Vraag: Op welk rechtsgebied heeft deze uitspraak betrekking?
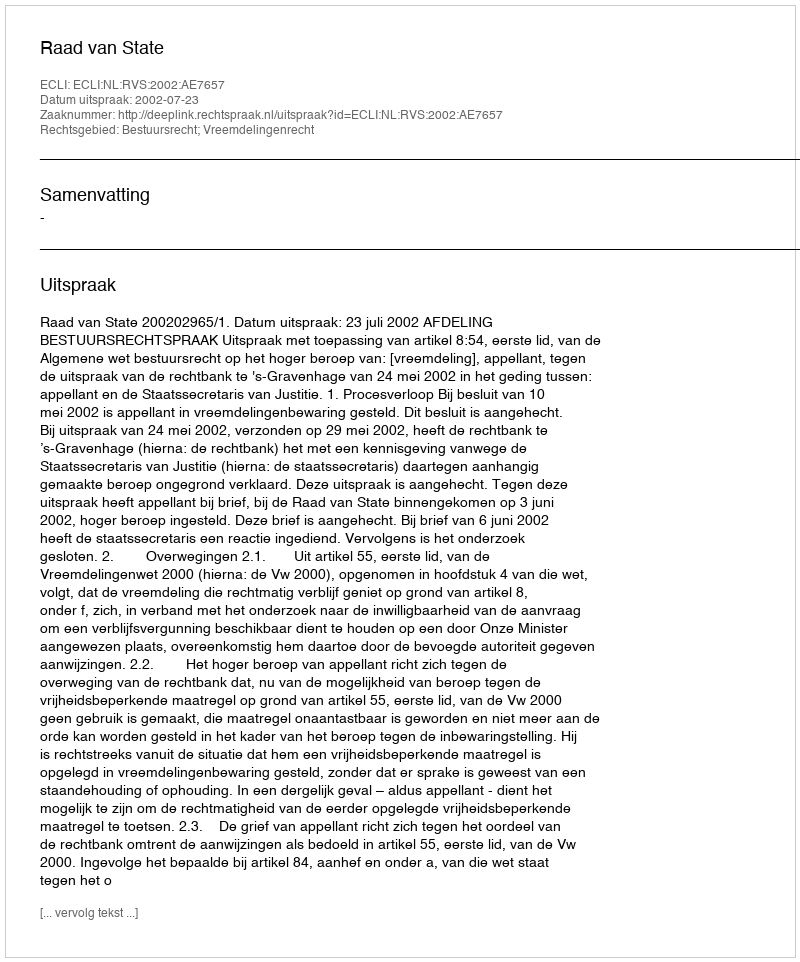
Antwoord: Bestuursrecht; Vreemdelingenrecht